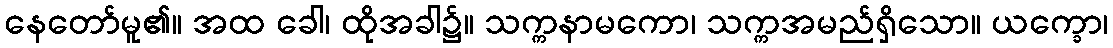
နေတော်မူ၏။ အထ ခေါ၊ ထိုအခါ၌။ သက္ကနာမကော၊ သက္ကအမည်ရှိသော။ ယက္ခော၊